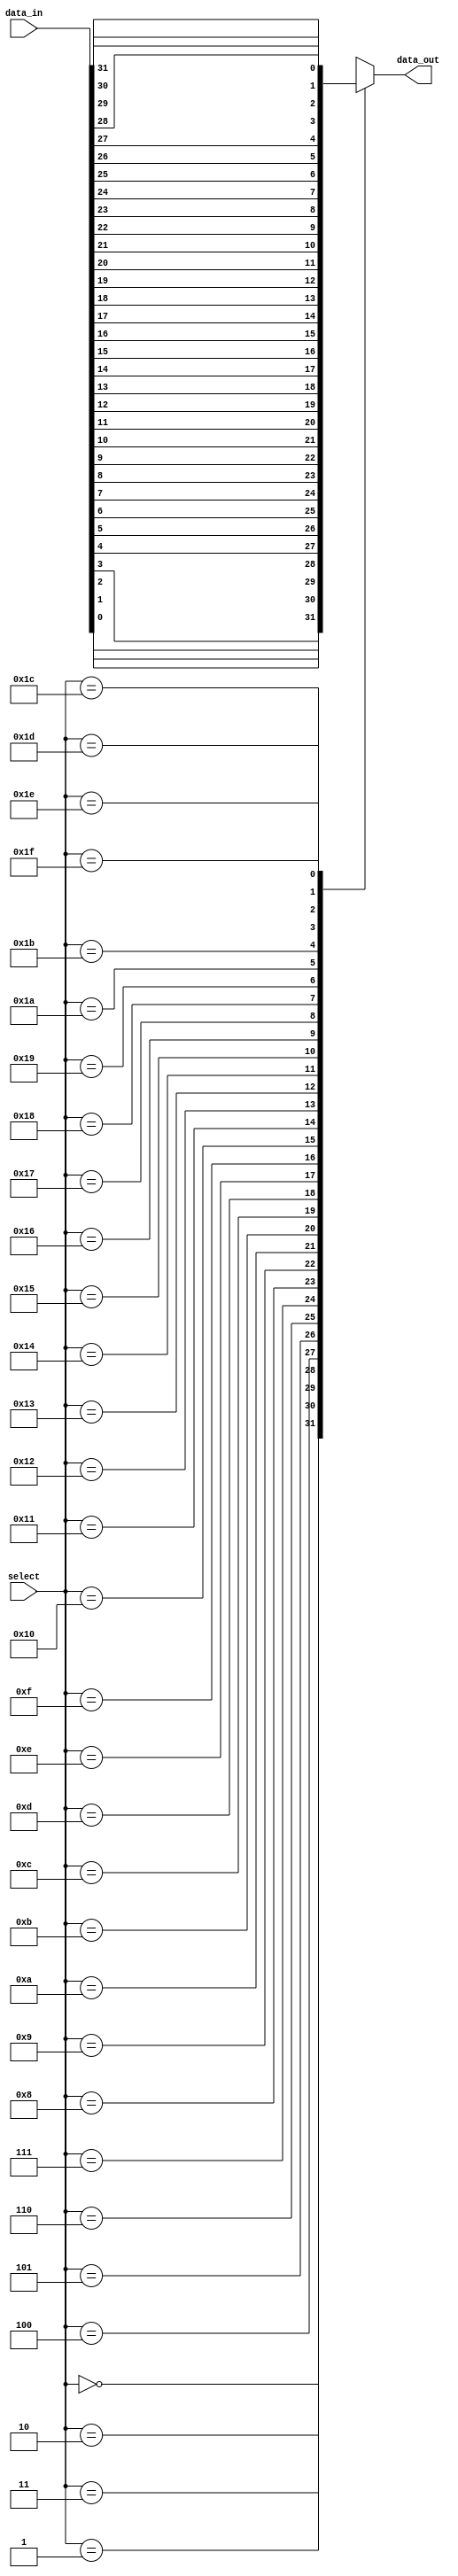
module mux_32to1 (
    input [31:0] data_in,
    input [4:0] select,
    output reg data_out
);

always @(*)
begin
    case (select)
        5'd0: data_out = data_in[0];
        5'd1: data_out = data_in[1];
        5'd2: data_out = data_in[2];
        5'd3: data_out = data_in[3];
        5'd4: data_out = data_in[4];
        5'd5: data_out = data_in[5];
        5'd6: data_out = data_in[6];
        5'd7: data_out = data_in[7];
        5'd8: data_out = data_in[8];
        5'd9: data_out = data_in[9];
        5'd10: data_out = data_in[10];
        5'd11: data_out = data_in[11];
        5'd12: data_out = data_in[12];
        5'd13: data_out = data_in[13];
        5'd14: data_out = data_in[14];
        5'd15: data_out = data_in[15];
        5'd16: data_out = data_in[16];
        5'd17: data_out = data_in[17];
        5'd18: data_out = data_in[18];
        5'd19: data_out = data_in[19];
        5'd20: data_out = data_in[20];
        5'd21: data_out = data_in[21];
        5'd22: data_out = data_in[22];
        5'd23: data_out = data_in[23];
        5'd24: data_out = data_in[24];
        5'd25: data_out = data_in[25];
        5'd26: data_out = data_in[26];
        5'd27: data_out = data_in[27];
        5'd28: data_out = data_in[28];
        5'd29: data_out = data_in[29];
        5'd30: data_out = data_in[30];
        5'd31: data_out = data_in[31];
    endcase
end

endmodule